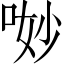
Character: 𠴕